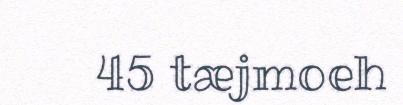
45 tæjmoeh